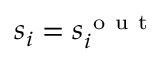
s _ { i } = s _ { i } ^ { \mathrm { ~ o ~ u ~ t ~ } }